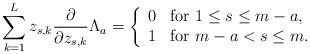
LaTeX: \begin{align*} \sum _{k=1}^L z_{s,k} \frac{\partial}{\partial z_{s,k}} \Lambda _a = \left\{ \begin{array}{ll} 0 & \mbox{for $ 1 \leq s \leq m-a $,} \\ 1 & \mbox{for $ m-a < s \leq m $.} \end{array} \right.\end{align*}